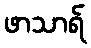
ဖာသာရ်